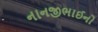
નાનજીભાઈનો